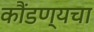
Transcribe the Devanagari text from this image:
कौंडण्यचा